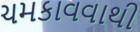
ચમકાવવાથી